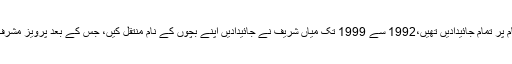
امجد پرویز کا کہنا تھا کہ 1992 میں میاں شریف کے نام پر تمام جائیدادیں تھیں،1992 سے 1999 تک میاں شریف نے جائیدادیں اپنے بچوں کے نام منتقل کیں، جس کے بعد پرویز مشرف کا دور آیا اور اہل خانہ کے افراد بیرون ملک چلے گے۔